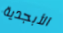
الأبجدية